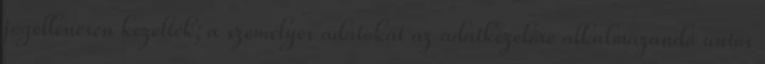
jogellenesen kezelték; a személyes adatokat az adatkezelőre alkalmazandó uniós